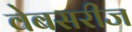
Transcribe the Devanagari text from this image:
वेबसरीज